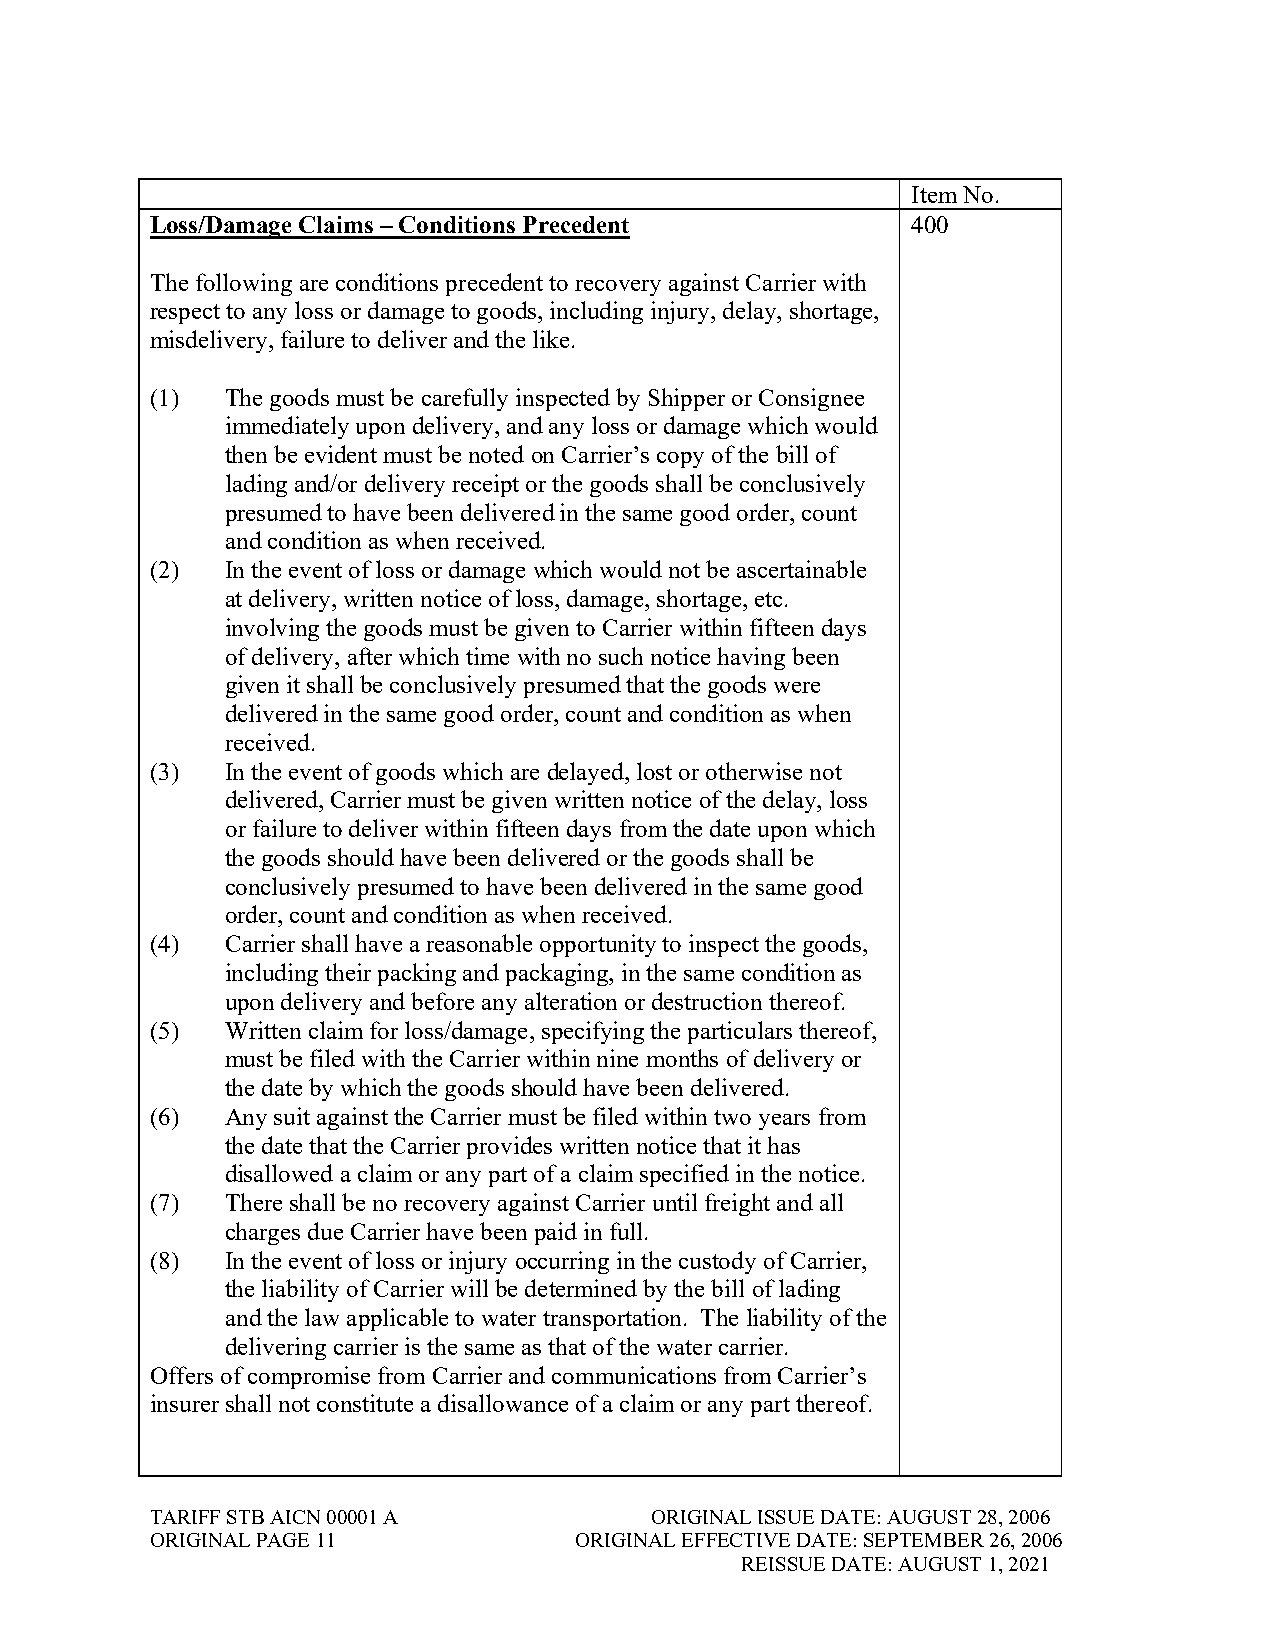
Item No.
 Loss/Damage Claims – Conditions Precedent         400
 The following are conditions precedent to recovery against Carrier with
 respect to any loss or damage to goods, including injury, delay, shortage,
 misdelivery, failure to deliver and the like.
 (1)  The goods must be carefully inspected by Shipper or Consignee
 immediately upon delivery, and any loss or damage which would
 then be evident must be noted on Carrier’s copy of the bill of
 lading and/or delivery receipt or the goods shall be conclusively
 presumed to have been delivered in the same good order, count
 and condition as when received.
 (2)  In the event of loss or damage which would not be ascertainable
 at delivery, written notice of loss, damage, shortage, etc.
 involving the goods must be given to Carrier within fifteen days
 of delivery, after which time with no such notice having been
 given it shall be conclusively presumed that the goods were
 delivered in the same good order, count and condition as when
 received.
 (3)  In the event of goods which are delayed, lost or otherwise not
 delivered, Carrier must be given written notice of the delay, loss
 or failure to deliver within fifteen days from the date upon which
 the goods should have been delivered or the goods shall be
 conclusively presumed to have been delivered in the same good
 order, count and condition as when received.
 (4)  Carrier shall have a reasonable opportunity to inspect the goods,
 including their packing and packaging, in the same condition as
 upon delivery and before any alteration or destruction thereof.
 (5)  Written claim for loss/damage, specifying the particulars thereof,
 must be filed with the Carrier within nine months of delivery or
 the date by which the goods should have been delivered.
 (6)  Any suit against the Carrier must be filed within two years from
 the date that the Carrier provides written notice that it has
 disallowed a claim or any part of a claim specified in the notice.
 (7)  There shall be no recovery against Carrier until freight and all
 charges due Carrier have been paid in full.
 (8)  In the event of loss or injury occurring in the custody of Carrier,
 the liability of Carrier will be determined by the bill of lading
 and the law applicable to water transportation. The liability of the
 delivering carrier is the same as that of the water carrier.
 Offers of compromise from Carrier and communications from Carrier’s
 insurer shall not constitute a disallowance of a claim or any part thereof.
 TARIFF STB AICN 00001 A          ORIGINAL ISSUE DATE: AUGUST 28, 2006
 ORIGINAL PAGE 11            ORIGINAL EFFECTIVE DATE: SEPTEMBER 26, 2006
 REISSUE DATE: AUGUST 1, 2021